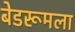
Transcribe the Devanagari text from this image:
बेडरूमला